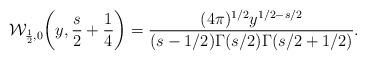
LaTeX: \begin{align*}\mathcal{W}_{\frac{1}{2},0}\biggl(y, \frac{s}{2}+\frac{1}{4}\biggr) = \frac{(4\pi)^{1/2}y^{1/2-s/2}}{(s-1/2)\Gamma(s/2)\Gamma(s/2+1/2)}.\end{align*}